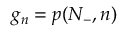
g _ { n } = p ( N _ { - } , n )